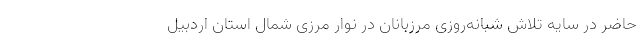
حاضر در سایه تلاش شبانه‌روزی مرزبانان در نوار مرزی شمال استان اردبیل